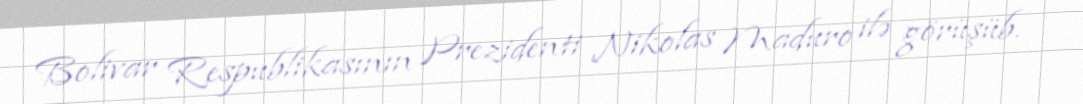
Bolivar Respublikasının Prezidenti Nikolas Maduro ilə görüşüb.